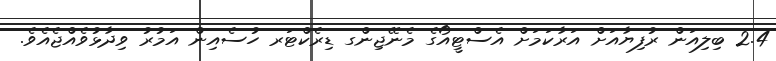
2.4 ބިލިއަން ރުފިޔާއަށް އަރާކަމަށް އެސްޓީއޯގެ މެނޭޖިންގ ޑިރެކްޓަރ ހުސެއިން އަމުރު ވިދާޅުވެއްޖެއެވެ.